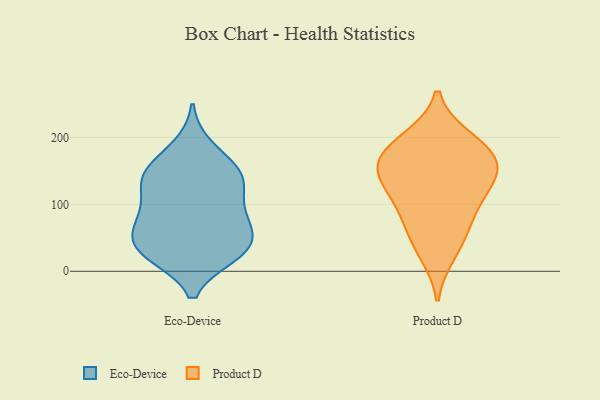
{"axis": {"x": "Market Share (%)", "y": "Value"}, "legend": ["Eco-Device", "Product D"], "data": [{"x": "", "y": 63, "type": "Eco-Device"}, {"x": "", "y": 82, "type": "Eco-Device"}, {"x": "", "y": 26, "type": "Eco-Device"}, {"x": "", "y": 134, "type": "Eco-Device"}, {"x": "", "y": 86, "type": "Eco-Device"}, {"x": "", "y": 133, "type": "Eco-Device"}, {"x": "", "y": 41, "type": "Eco-Device"}, {"x": "", "y": 152, "type": "Eco-Device"}, {"x": "", "y": 30, "type": "Eco-Device"}, {"x": "", "y": 133, "type": "Eco-Device"}, {"x": "", "y": 29, "type": "Eco-Device"}, {"x": "", "y": 80, "type": "Eco-Device"}, {"x": "", "y": 35, "type": "Eco-Device"}, {"x": "", "y": 149, "type": "Eco-Device"}, {"x": "", "y": 184, "type": "Eco-Device"}, {"x": "", "y": 166, "type": "Product D"}, {"x": "", "y": 198, "type": "Product D"}, {"x": "", "y": 158, "type": "Product D"}, {"x": "", "y": 27, "type": "Product D"}, {"x": "", "y": 126, "type": "Product D"}, {"x": "", "y": 52, "type": "Product D"}, {"x": "", "y": 128, "type": "Product D"}, {"x": "", "y": 194, "type": "Product D"}, {"x": "", "y": 96, "type": "Product D"}, {"x": "", "y": 151, "type": "Product D"}, {"x": "", "y": 168, "type": "Product D"}, {"x": "", "y": 81, "type": "Product D"}]}